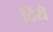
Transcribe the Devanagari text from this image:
दियॆ